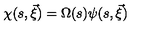
\chi ( s , \vec { \xi } ) = \Omega ( s ) \psi ( s , \vec { \xi } )